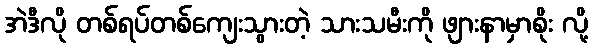
အဲဒီလို တစ်ရပ်တစ်ကျေးသွားတဲ့ သားသမီးကို ဖျားနာမှာစိုး လို့